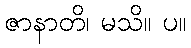
ဇာနာတိ၊ မသိ။ ပ။